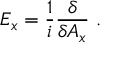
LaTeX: E _ { x } = \frac { 1 } { i } \frac { \delta } { \delta A _ { x } } \ .